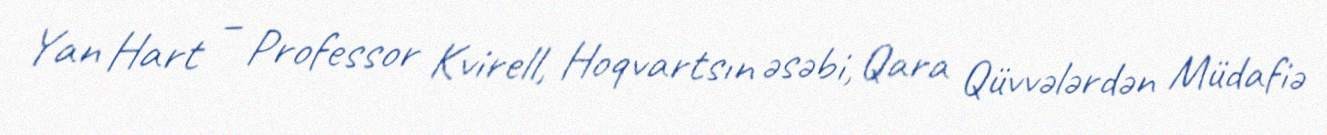
Yan Hart – Professor Kvirell, Hoqvartsın əsəbi, Qara Qüvvələrdən Müdafiə